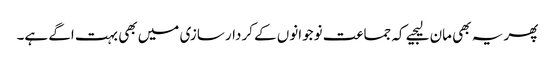
پھر یہ بھی مان لیجیے کہ جماعت نوجوانوں کے کردار سازی میں بھی بہت اگے ہے۔